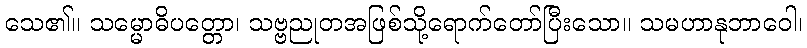
သေ၏။ သမ္မောဓိပတ္တော၊ သဗ္ဗညုတအဖြစ်သို့ရောက်တော်ပြီးသော။ သမဟာနုဘာဝေါ၊